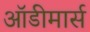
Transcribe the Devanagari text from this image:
ऑडीमार्स